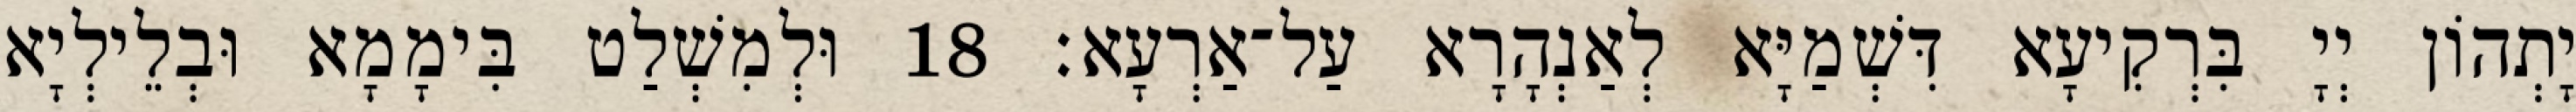
יָתְהוֹן יְיָ בִּרְקִיעָא דִּשְׁמַיָּא לְאַנְהָרָא עַל־אַרְעָא׃ 18 וּלְמִשְׁלַט בִּימָמָא וּבְלֵילְיָא